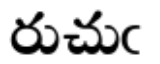
రుచుఁ